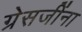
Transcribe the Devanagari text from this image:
ग्रेसजींना